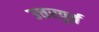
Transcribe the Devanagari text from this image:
उत्तरपुर्व